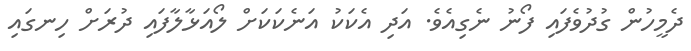
ދެމީހުން ގުދުވެފައި ފޯނު ނެގިއެވެ. އަދި އެކަކު އަނެކަކަށް ލޯއަޅާލާފައި ދުރަށް ހިނގައި